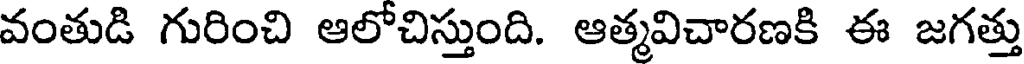
వంతుడి గురించి ఆలోచిస్తుంది. ఆత్మవిచారణకి ఈ జగత్తు